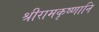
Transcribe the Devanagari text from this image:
श्रीरामकृष्णानि